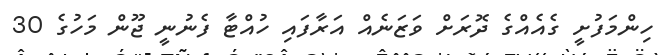
ހިންމަފުށީ ގެއެއްގެ ދޮރަށް ވަޒަނެއް އަރާފައި ހުއްޓާ ފެނުނީ ޖޫން މަހުގެ 30